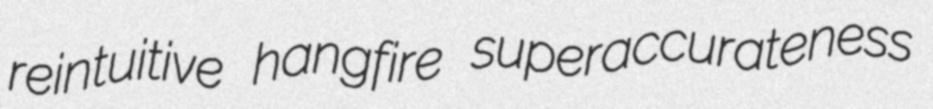
reintuitive hangfire superaccurateness